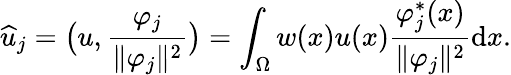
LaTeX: \widehat{u}_{j}=\big(u,\frac{\varphi_{j}}{\lVert\varphi_{j}\rVert^{2}}\big)=\int_{\Omega}w(x)u(x)\frac{\varphi_{j}^{\ast}(x)}{\lVert\varphi_{j}\rVert^{2}}\mathrm{d}x.